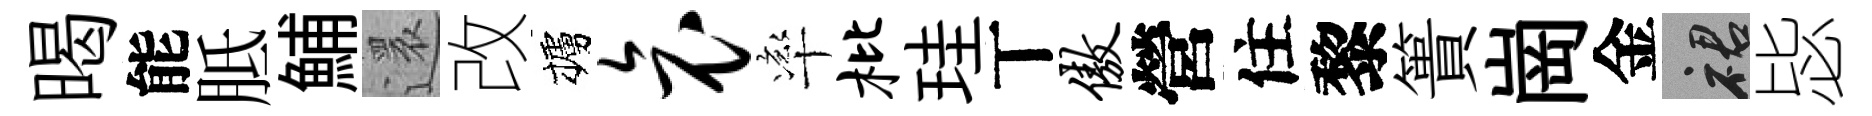
暍能胝鯆還改櫨哀率枇珪丅傲營住黎簣崗金裙毖